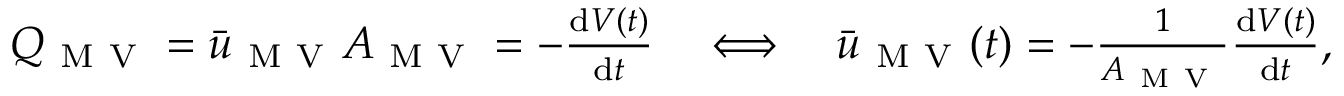
\begin{array} { r } { Q _ { \mathrm { ~ M ~ V ~ } } = \bar { \b u } _ { \mathrm { ~ M ~ V ~ } } A _ { \mathrm { ~ M ~ V ~ } } = - \frac { \mathrm { d } V ( t ) } { \mathrm { d } t } \quad \Longleftrightarrow \quad \bar { \b u } _ { \mathrm { ~ M ~ V ~ } } ( t ) = - \frac { 1 } { A _ { \mathrm { ~ M ~ V ~ } } } \frac { \mathrm { d } V ( t ) } { \mathrm { d } t } , } \end{array}